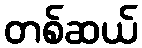
တစ်ဆယ်